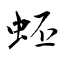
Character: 蚽